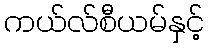
ကယ်လ်စီယမ်နှင့်